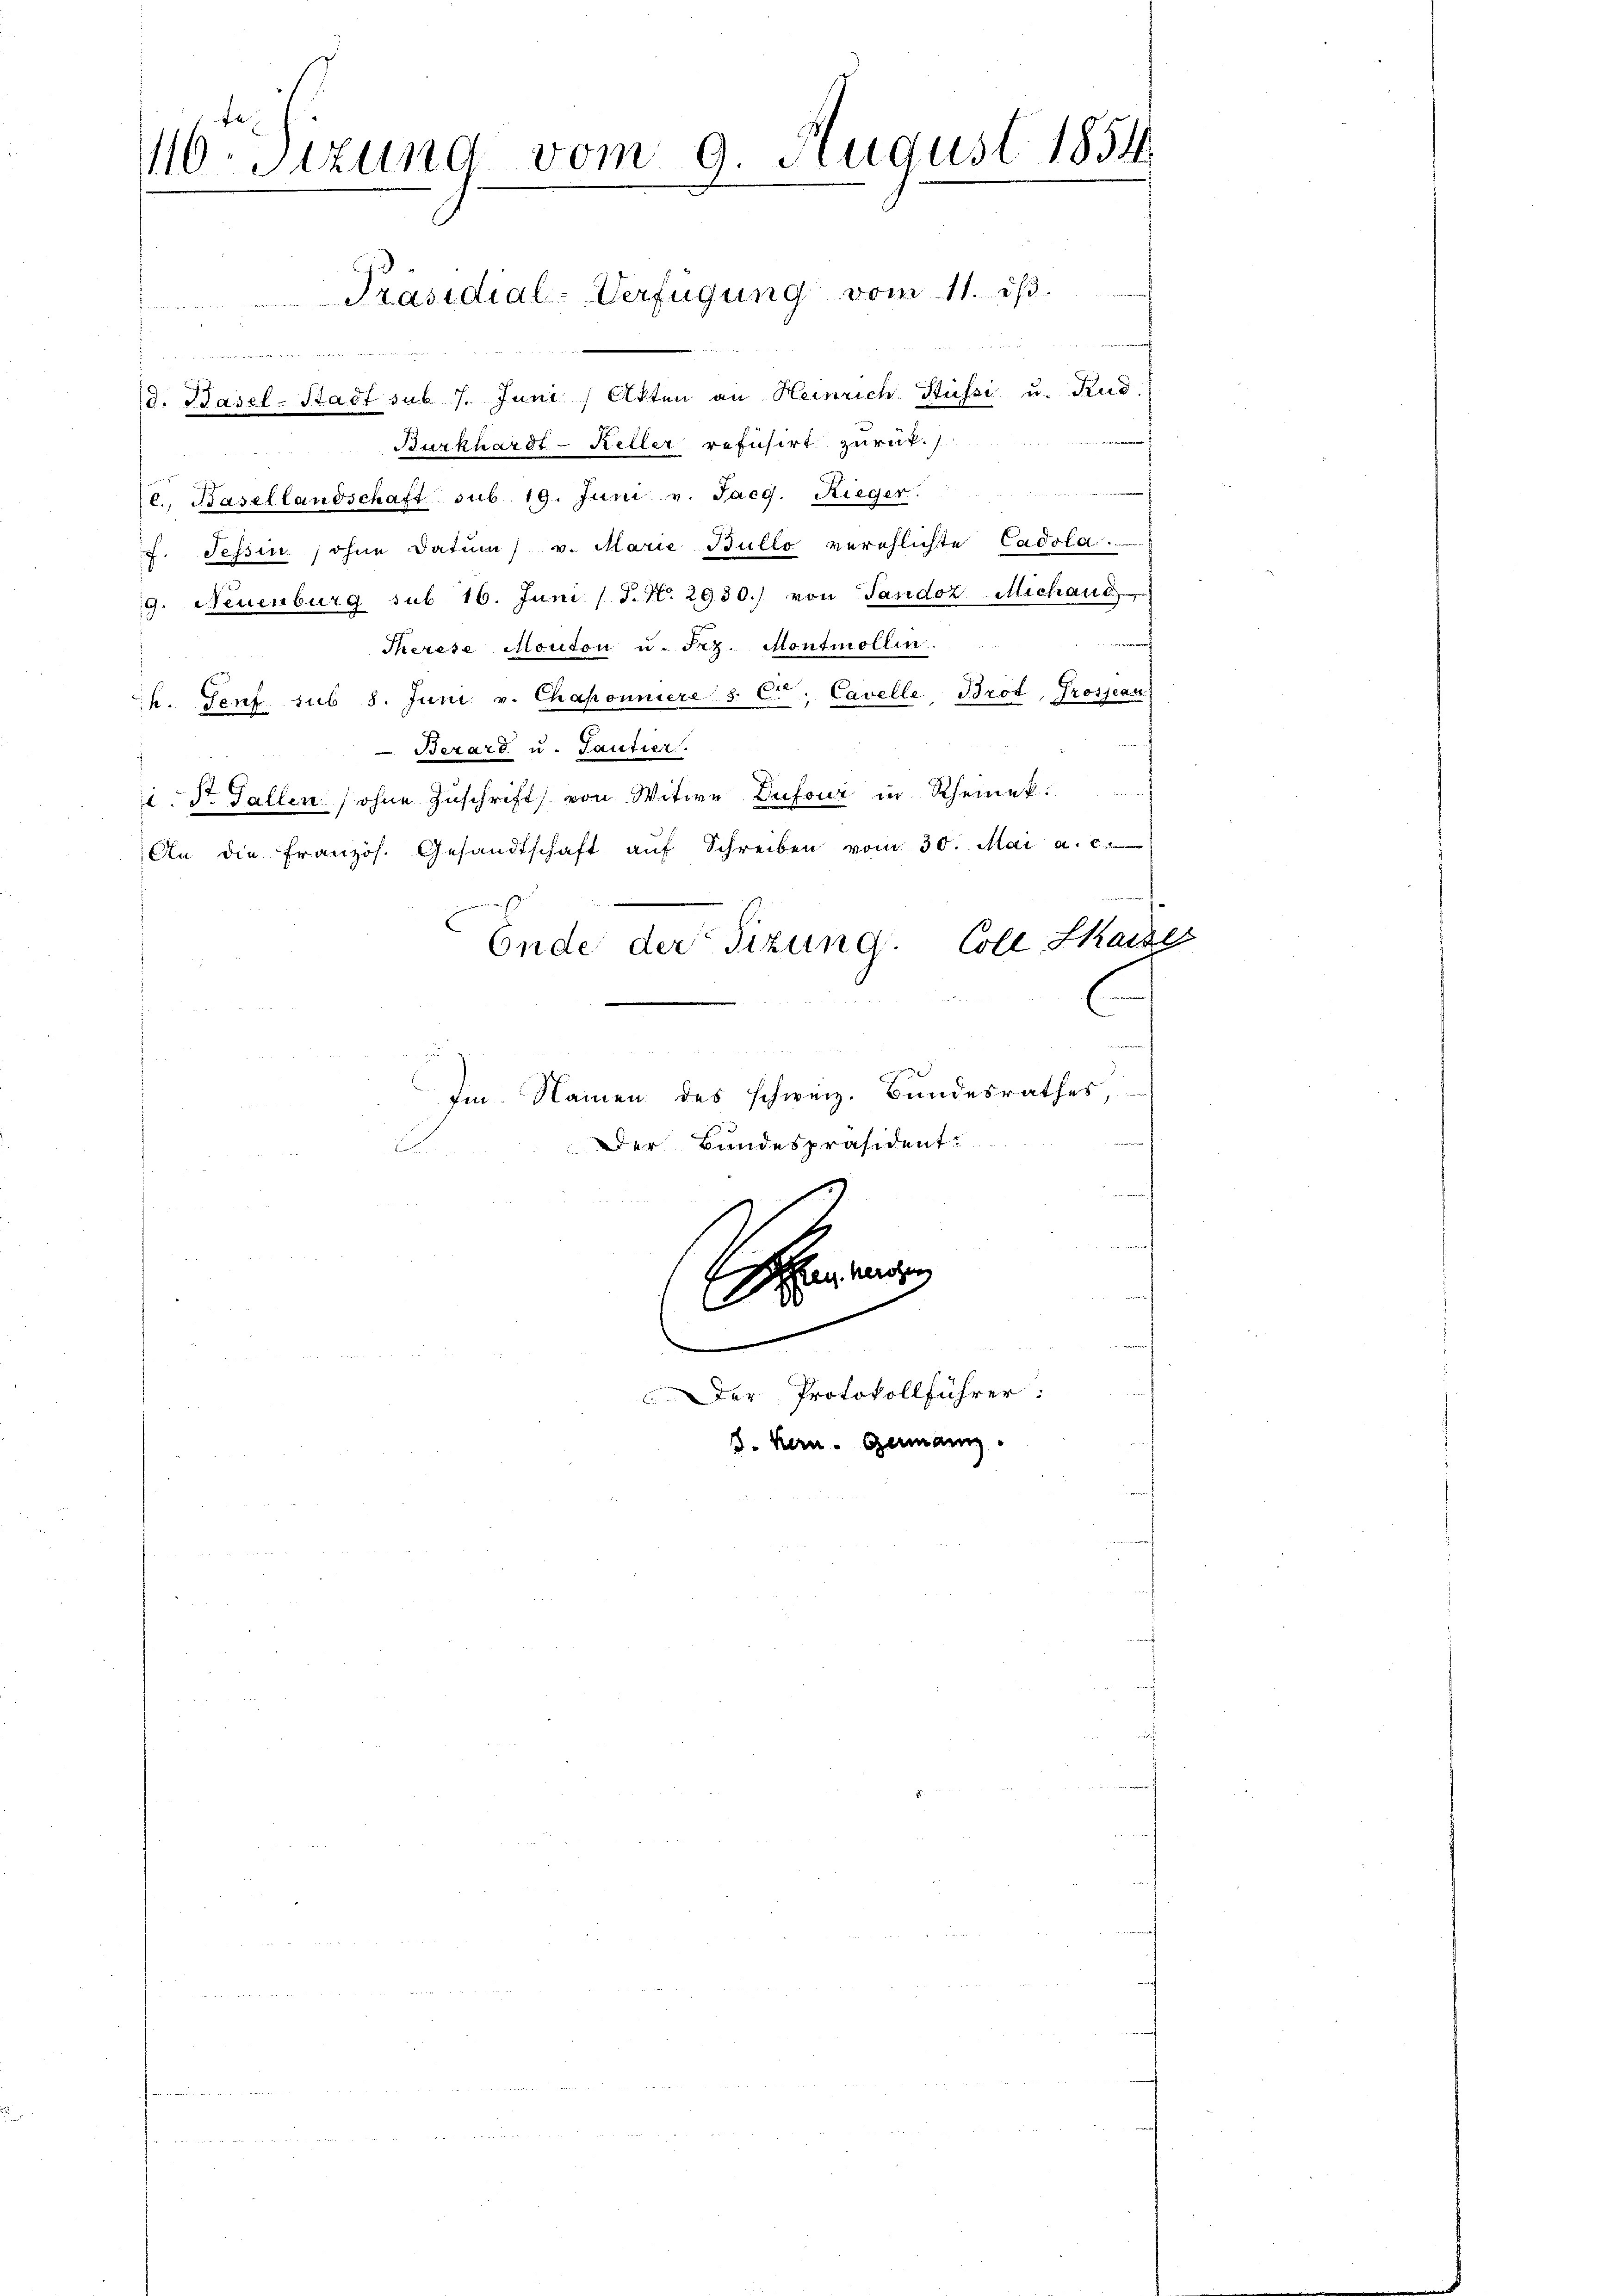
110 Stzung vom 9. August 1854
" Präsidial-Verfügung vom 11. dβ.

Burkhardt - Keller refusirt zurück.
 x 2
ugneten.
l. Basellandschaft sub. 19. Juni v. Jaeg. Rieger.
f. Tessin, ohne Datum) v. Marie Bullo verehlichte Cadola.
G. Neuenburg sub 16. Juni / J. N. 2930.) von Tandoz Michaub
Therese Moudon u. Frz. Montmollin.
h. Genf sub 8. Juni v. Chaponniere s. C, Cavelle, Brot, Grossean
Berart u. Tantier.
ie. St. Gallen ohne Zuschrift von Witwe Dufouz in Rheinek
An die französ. Gesandtschaft aŭf Schreiben vom 30. Mai a. c.
Coll. Skaise
Ende der Sizung.
C
Im Namen des schweiz. Bundesrathes,
Der Bundespräsident

m

d. Basel-Stadt sub 7. Juni / Akten an Heinrich Süssi u. Rud

Ehen
E
.
Der Protokollführer:
d. Kern. Germann